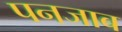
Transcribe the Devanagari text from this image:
पनजाब